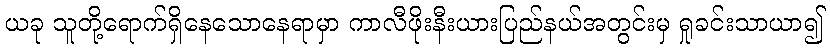
ယခု သူတို့ရောက်ရှိနေသောနေရာမှာ ကာလီဖိုးနီးယားပြည်နယ်အတွင်းမှ ရှုခင်းသာယာ၍